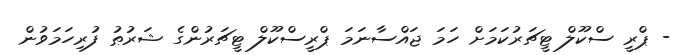
- ޕްރީ ސްކޫލް ޓީޗަރުކަމަށް ހަމަ ޖައްސާނަމަ ޕްރީސްކޫލް ޓީޗަރުންގެ ޝަރުޠު ފުރިހަމަވުން